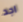
اجد